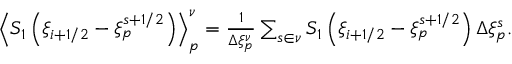
\begin{array} { r } { \left\langle { { S _ { 1 } } } \left( { \xi } _ { i + 1 / 2 } - { \xi } _ { p } ^ { s + 1 / 2 } \right) \right\rangle _ { p } ^ { \nu } = \frac { 1 } { \Delta \xi _ { p } ^ { \nu } } \sum _ { s \in \nu } S _ { 1 } \left( \xi _ { i + 1 / 2 } - \xi _ { p } ^ { s + 1 / 2 } \right) \Delta \xi _ { p } ^ { s } . } \end{array}